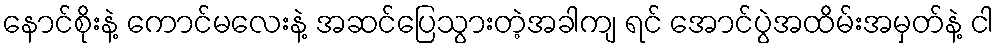
နောင်စိုးနဲ့ ကောင်မလေးနဲ့ အဆင်ပြေသွားတဲ့အခါကျ ရင် အောင်ပွဲအထိမ်းအမှတ်နဲ့ ငါ